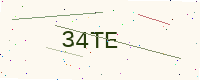
Text: 34TE